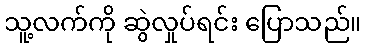
သူ့လက်ကို ဆွဲလှုပ်ရင်း ပြောသည်။